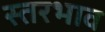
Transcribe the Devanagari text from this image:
स्तरभाव